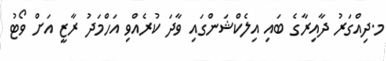
މ.ދިއްގަރު ދާއިރާގެ ބައި އިލެކްޝަންގައި ވާދަ ކުރެއްވި އަހްމަދު ރާޒީ އަށް ވޯޓު